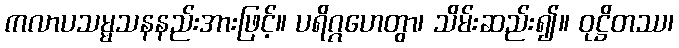
ကလာပသမ္မသနနည်းအားဖြင့်။ ပရိဂ္ဂဟေတွာ၊ သိမ်းဆည်း၍။ ဝုဋ္ဌိတဿ၊